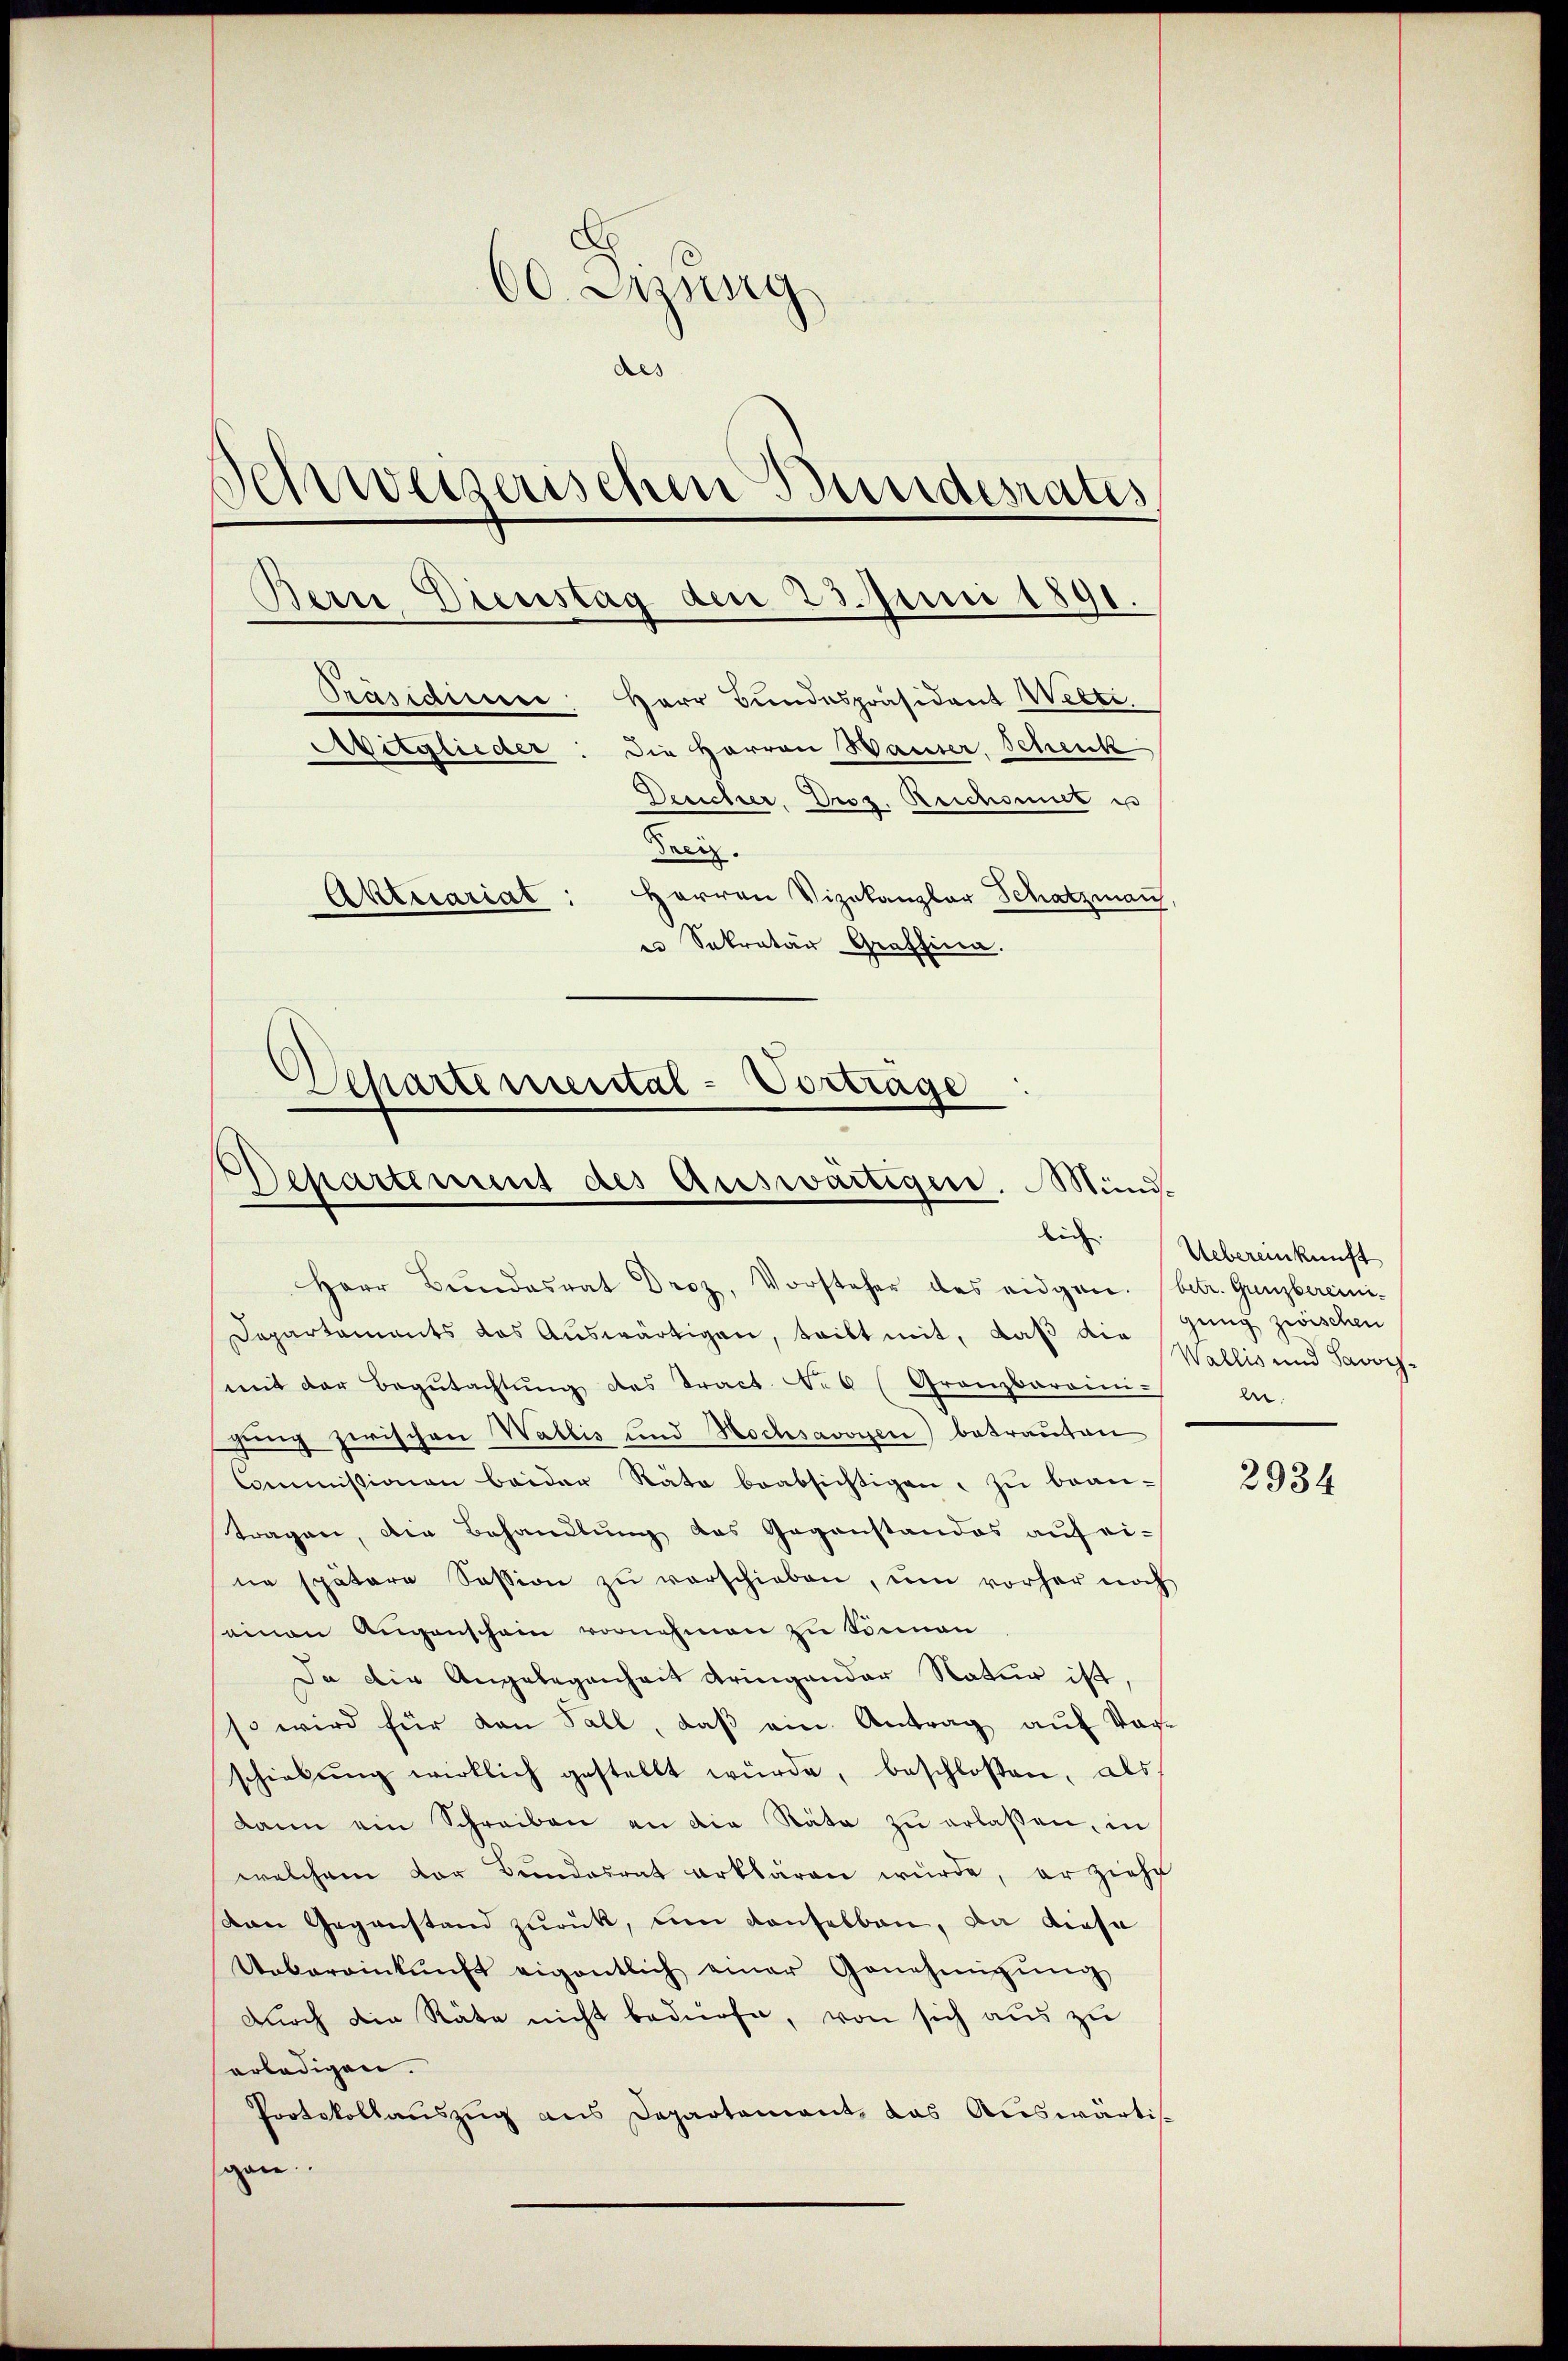
60. Jung
des
Schweizerischen Bundesrates
Bern Dienstag den 23. Juni 1891.
Präsidieser Herr Bundespräsident Welti.
vitglieder: Die Herren Hauser, Schenk
Desichter, Droz. Reichsmut e
Trey.
Herren Vizekanzler Schatzman,
Aktuariat
i Sekretär Graffina.

Departemental-Vortrage

Departement des Auswärtigere. Mund.
lich

Herr Bŭndesrat Droz, Vorsteher des eidgen. betr. Gunzbereini¬
Departements das Auswärtigen, tritt mit, daß die jung zwischen
mit der Begŭtachtŭng des Tract. 6 (Granzbaroinien-
gung zwischen Wallis und Hochsavoyen betrauten
Commissionen beider Räte beabsichtigen, zu beantragen, die Behandlŭng des Gegenstandes aŭf eine spätere Session zŭ verschieben, ŭm vorher noch
einen Augenschein vornehmen zu Sonnen
Da die Angelegenheit dringender Natur ist,
so wird für den Fall, daβ ein Antrag aŭf Vor-
schiebŭng wirklich gestellt wŭrde, beschloßen, als
dann ein Schreiben an die Räte zŭ erlaßen, in
welchem vor Bŭndesrat erklären würde, er ziehe
van Gegenstand zurück, um denselben, da diese
Uebereinkunft eigentlich einer Genehmigŭng
durch die Räte nicht bedürfe, von sich aus zu
erledigen.
Protokollauszug aus Departement, das Auswärtigen.

Uebereinkunft
Wallis und Savoy

2934